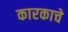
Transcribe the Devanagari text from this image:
कारकाचे